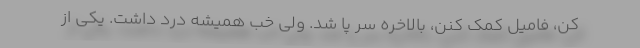
کن، فامیل کمک کنن، بالاخره سر پا شد. ولی خب همیشه درد داشت. یکی از